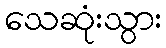
သေဆုံးသွား